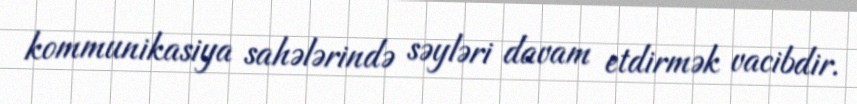
kommunikasiya sahələrində səyləri davam etdirmək vacibdir.